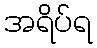
အရိပ်ရ